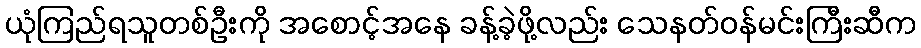
ယုံကြည်ရသူတစ်ဦးကို အစောင့်အနေ ခန့်ခဲ့ဖို့လည်း သေနတ်ဝန်မင်းကြီးဆီက